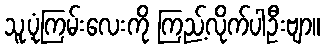
သူ့ပုံကြမ်းလေးကို ကြည့်လိုက်ပါဦးဗျာ။